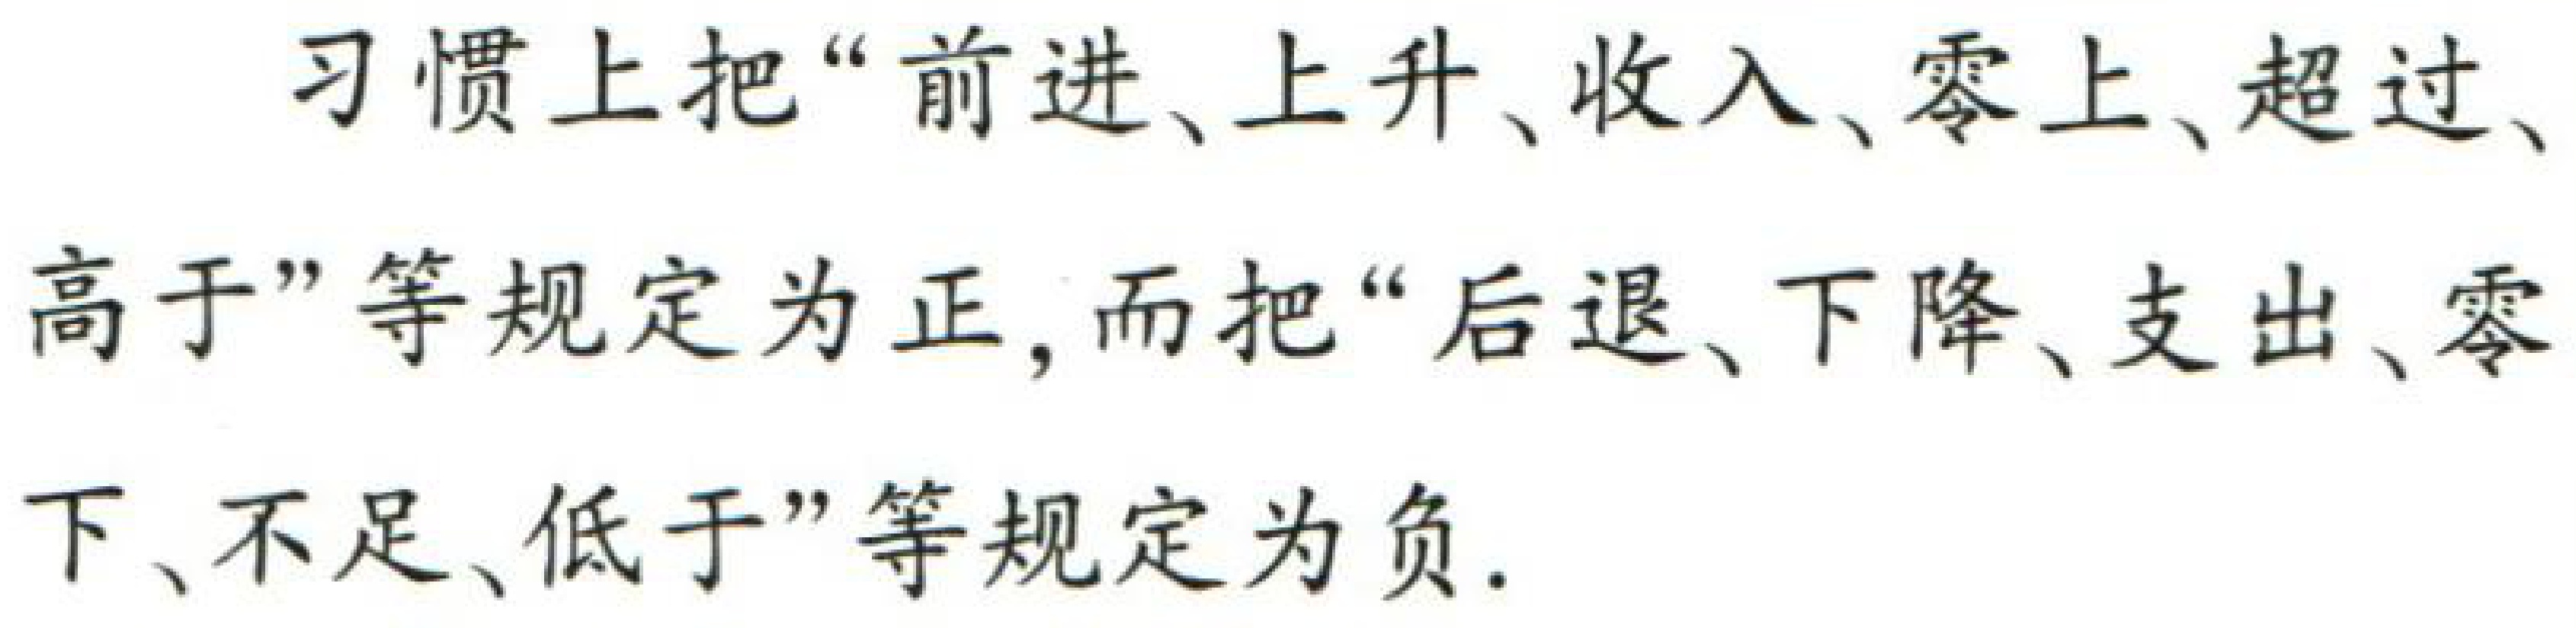
习惯上把“前进、上升、收入、零上、超过、高于”等规定为正, 而把“后退、下降、支出、零下、不足、低于”等规定为负.